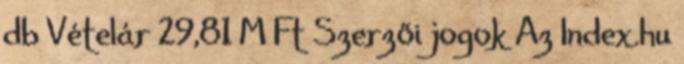
db Vételár 29,81 M Ft Szerzői jogok Az Index.hu